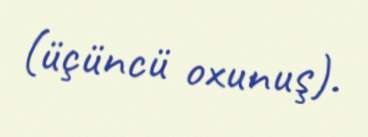
(üçüncü oxunuş).